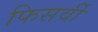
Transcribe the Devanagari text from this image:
फिसर्वी